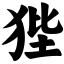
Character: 狴